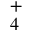
_ { 4 } ^ { + }